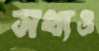
সখ্যও